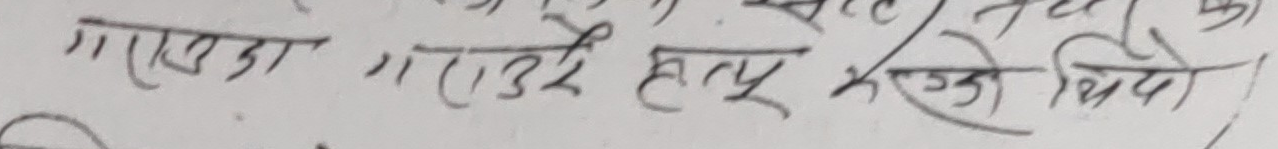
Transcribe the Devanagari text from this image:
गएका गराउने हाले भएका थियो